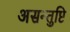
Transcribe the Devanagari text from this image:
असन्तुष्टि